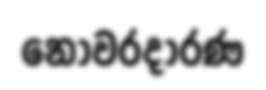
නොවරදාරණ